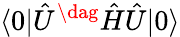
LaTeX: \langle 0|\hat{U}^{\dag}\hat{H}\hat{U}|0\rangle